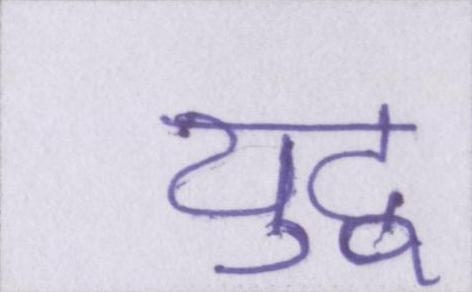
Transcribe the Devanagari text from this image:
युद्व